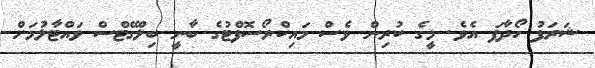
ޝަރަފު ހޯދާފަ އެވެ. މީގެ ކުރިން ވެސް މައިކްރޯސޮފްޓުގެ ބާނީ ބިލްގޭޓްސް ވައްޓާލުމަށް